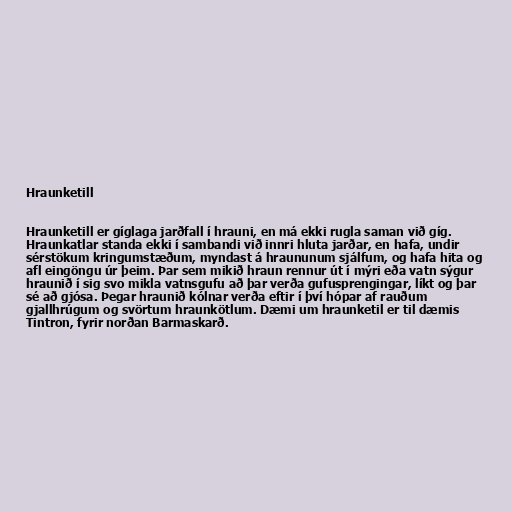
Hraunketill

Hraunketill er gíglaga jarðfall í hrauni, en má ekki rugla saman við gíg.
Hraunkatlar standa ekki í sambandi við innri hluta jarðar, en hafa, undir
sérstökum kringumstæðum, myndast á hraununum sjálfum, og hafa hita og
afl eingöngu úr þeim. Þar sem mikið hraun rennur út í mýri eða vatn sýgur
hraunið í sig svo mikla vatnsgufu að þar verða gufusprengingar, líkt og þar
sé að gjósa. Þegar hraunið kólnar verða eftir í því hópar af rauðum
gjallhrúgum og svörtum hraunkötlum. Dæmi um hraunketil er til dæmis
Tintron, fyrir norðan Barmaskarð.